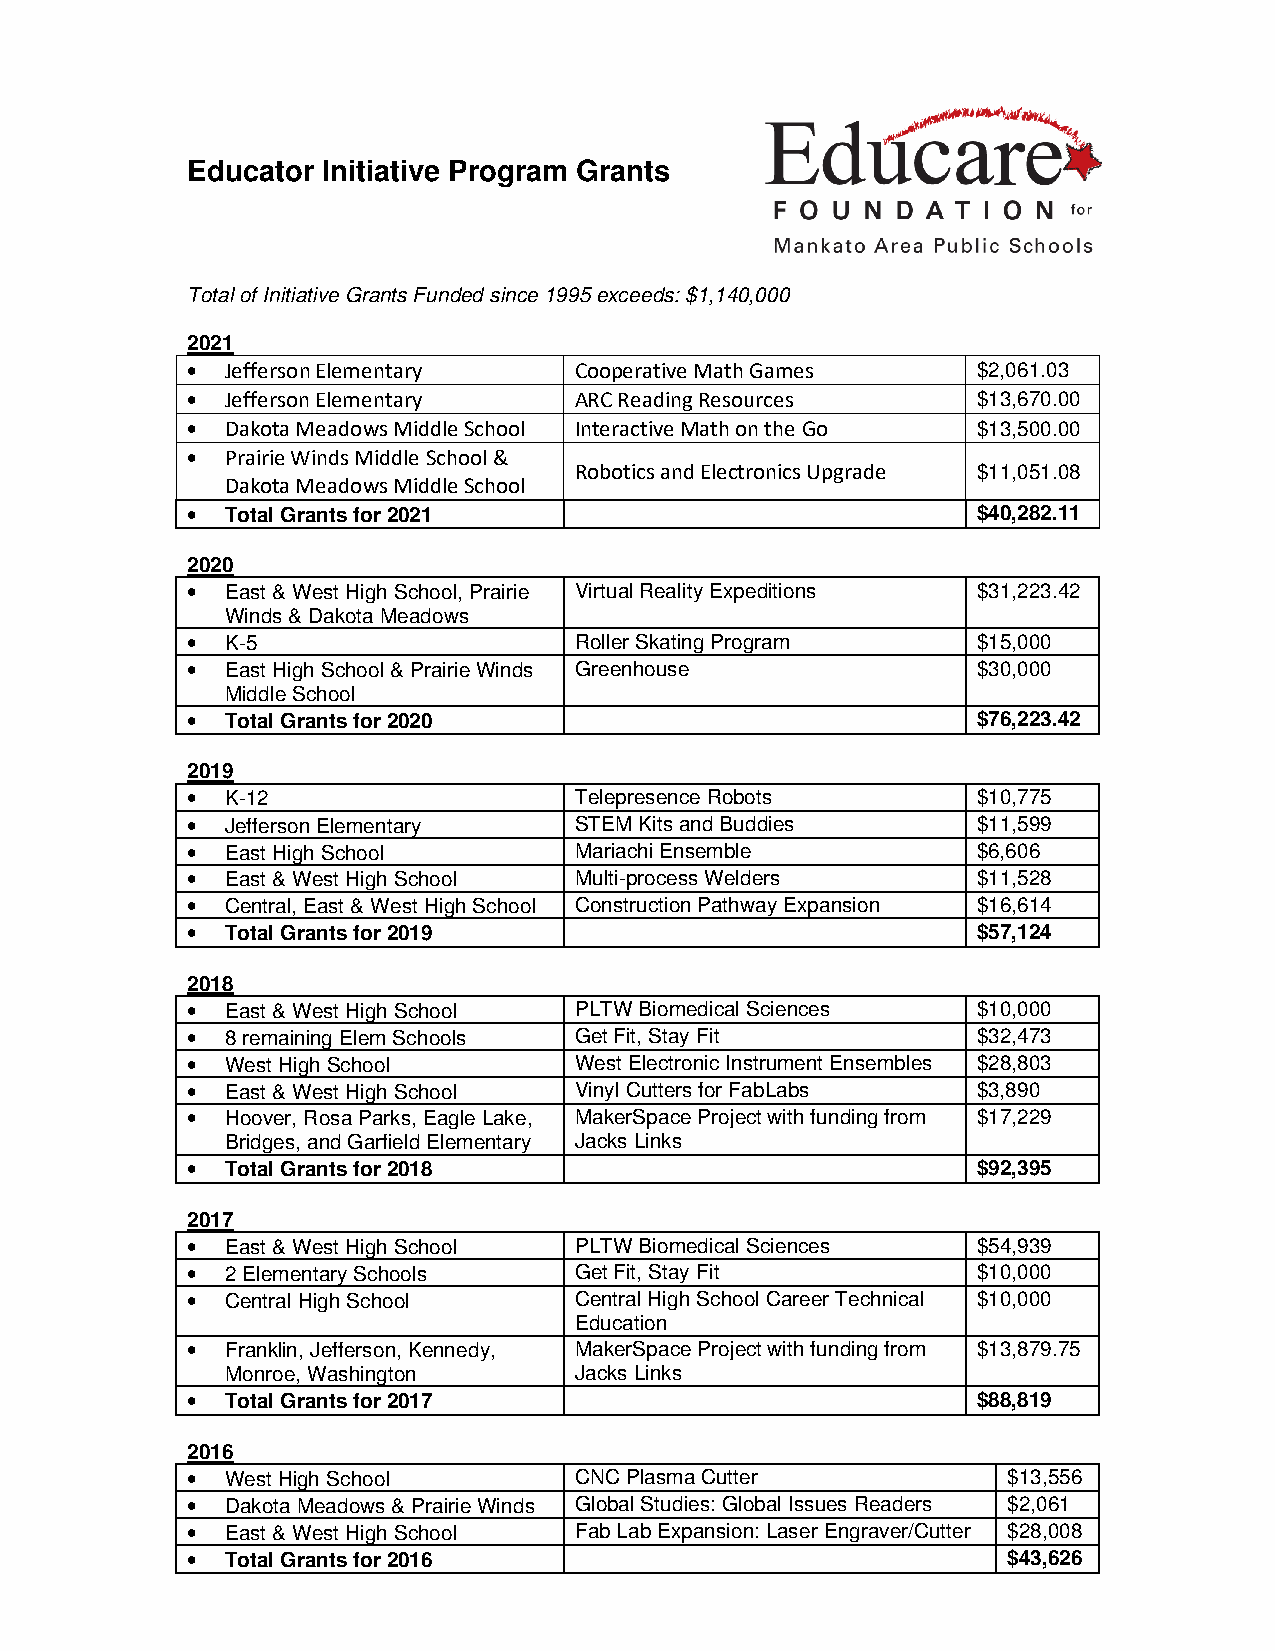
Educator Initiative Program Grants
 Total of Initiative Grants Funded since 1995 exceeds: $1,140,000
 2021
 •  Jefferson Elementary   Cooperative Math Games     $2,061.03
 •  Jefferson Elementary   ARC Reading Resources      $13,670.00
 •  Dakota Meadows Middle School Interactive Math on the Go $13,500.00
 •  Prairie Winds Middle School &
 Robotics and Electronics Upgrade $11,051.08
 Dakota Meadows Middle School
 •  Total Grants for 2021                             $40,282.11
 2020
 •  East & West High School, Prairie Virtual Reality Expeditions $31,223.42
 Winds & Dakota Meadows
 •  K-5                    Roller Skating Program     $15,000
 •  East High School & Prairie Winds Greenhouse       $30,000
 Middle School
 •  Total Grants for 2020                             $76,223.42
 2019
 •  K-12                   Telepresence Robots        $10,775
 •  Jefferson Elementary   STEM Kits and Buddies      $11,599
 •  East High School       Mariachi Ensemble          $6,606
 •  East & West High School Multi-process Welders     $11,528
 •  Central, East & West High School Construction Pathway Expansion $16,614
 •  Total Grants for 2019                             $57,124
 2018
 •  East & West High School PLTW Biomedical Sciences  $10,000
 •  8 remaining Elem Schools Get Fit, Stay Fit        $32,473
 •  West High School       West Electronic Instrument Ensembles $28,803
 •  East & West High School Vinyl Cutters for FabLabs $3,890
 •  Hoover, Rosa Parks, Eagle Lake, MakerSpace Project with funding from $17,229
 Bridges, and Garfield Elementary Jacks Links
 •  Total Grants for 2018                             $92,395
 2017
 •  East & West High School PLTW Biomedical Sciences  $54,939
 •  2 Elementary Schools   Get Fit, Stay Fit          $10,000
 •  Central High School    Central High School Career Technical $10,000
 Education
 •  Franklin, Jefferson, Kennedy, MakerSpace Project with funding from $13,879.75
 Monroe, Washington     Jacks Links
 •  Total Grants for 2017                             $88,819
 2016
 •  West High School       CNC Plasma Cutter            $13,556
 •  Dakota Meadows & Prairie Winds Global Studies: Global Issues Readers $2,061
 •  East & West High School Fab Lab Expansion: Laser Engraver/Cutter $28,008
 •  Total Grants for 2016                               $43,626